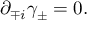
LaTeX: \partial _ { \mp i } \gamma _ { \pm } = 0 .